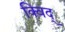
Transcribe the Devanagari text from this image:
क्विद्